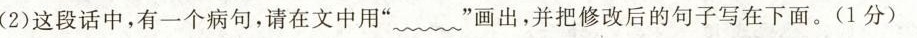
(2)这段话中，有一个病句，请在文中用”﹏”画出，并把修改后的句子写在下面。